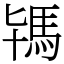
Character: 駂